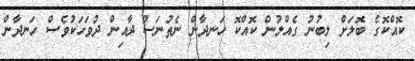
ކޮއްކޮގެ ބޮލަށް ލިބުނު ގެއްލުން ކޮއްކޮ ހަނދާން ނެތުނަސް ދާއިން ދުވަހަކުވެސް ހަނދާން